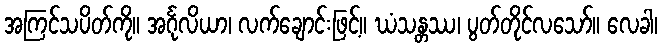
အကြင်သပိတ်ကို။ အင်္ဂုလိယာ၊ လက်ချောင်းဖြင့်။ ဃံသန္တဿ၊ ပွတ်တိုင်လသော်။ လေခါ၊